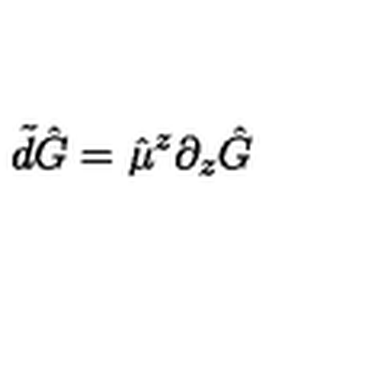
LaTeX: \tilde { d } \hat { G } = \hat { \mu } ^ { z } \partial _ { z } \hat { G }